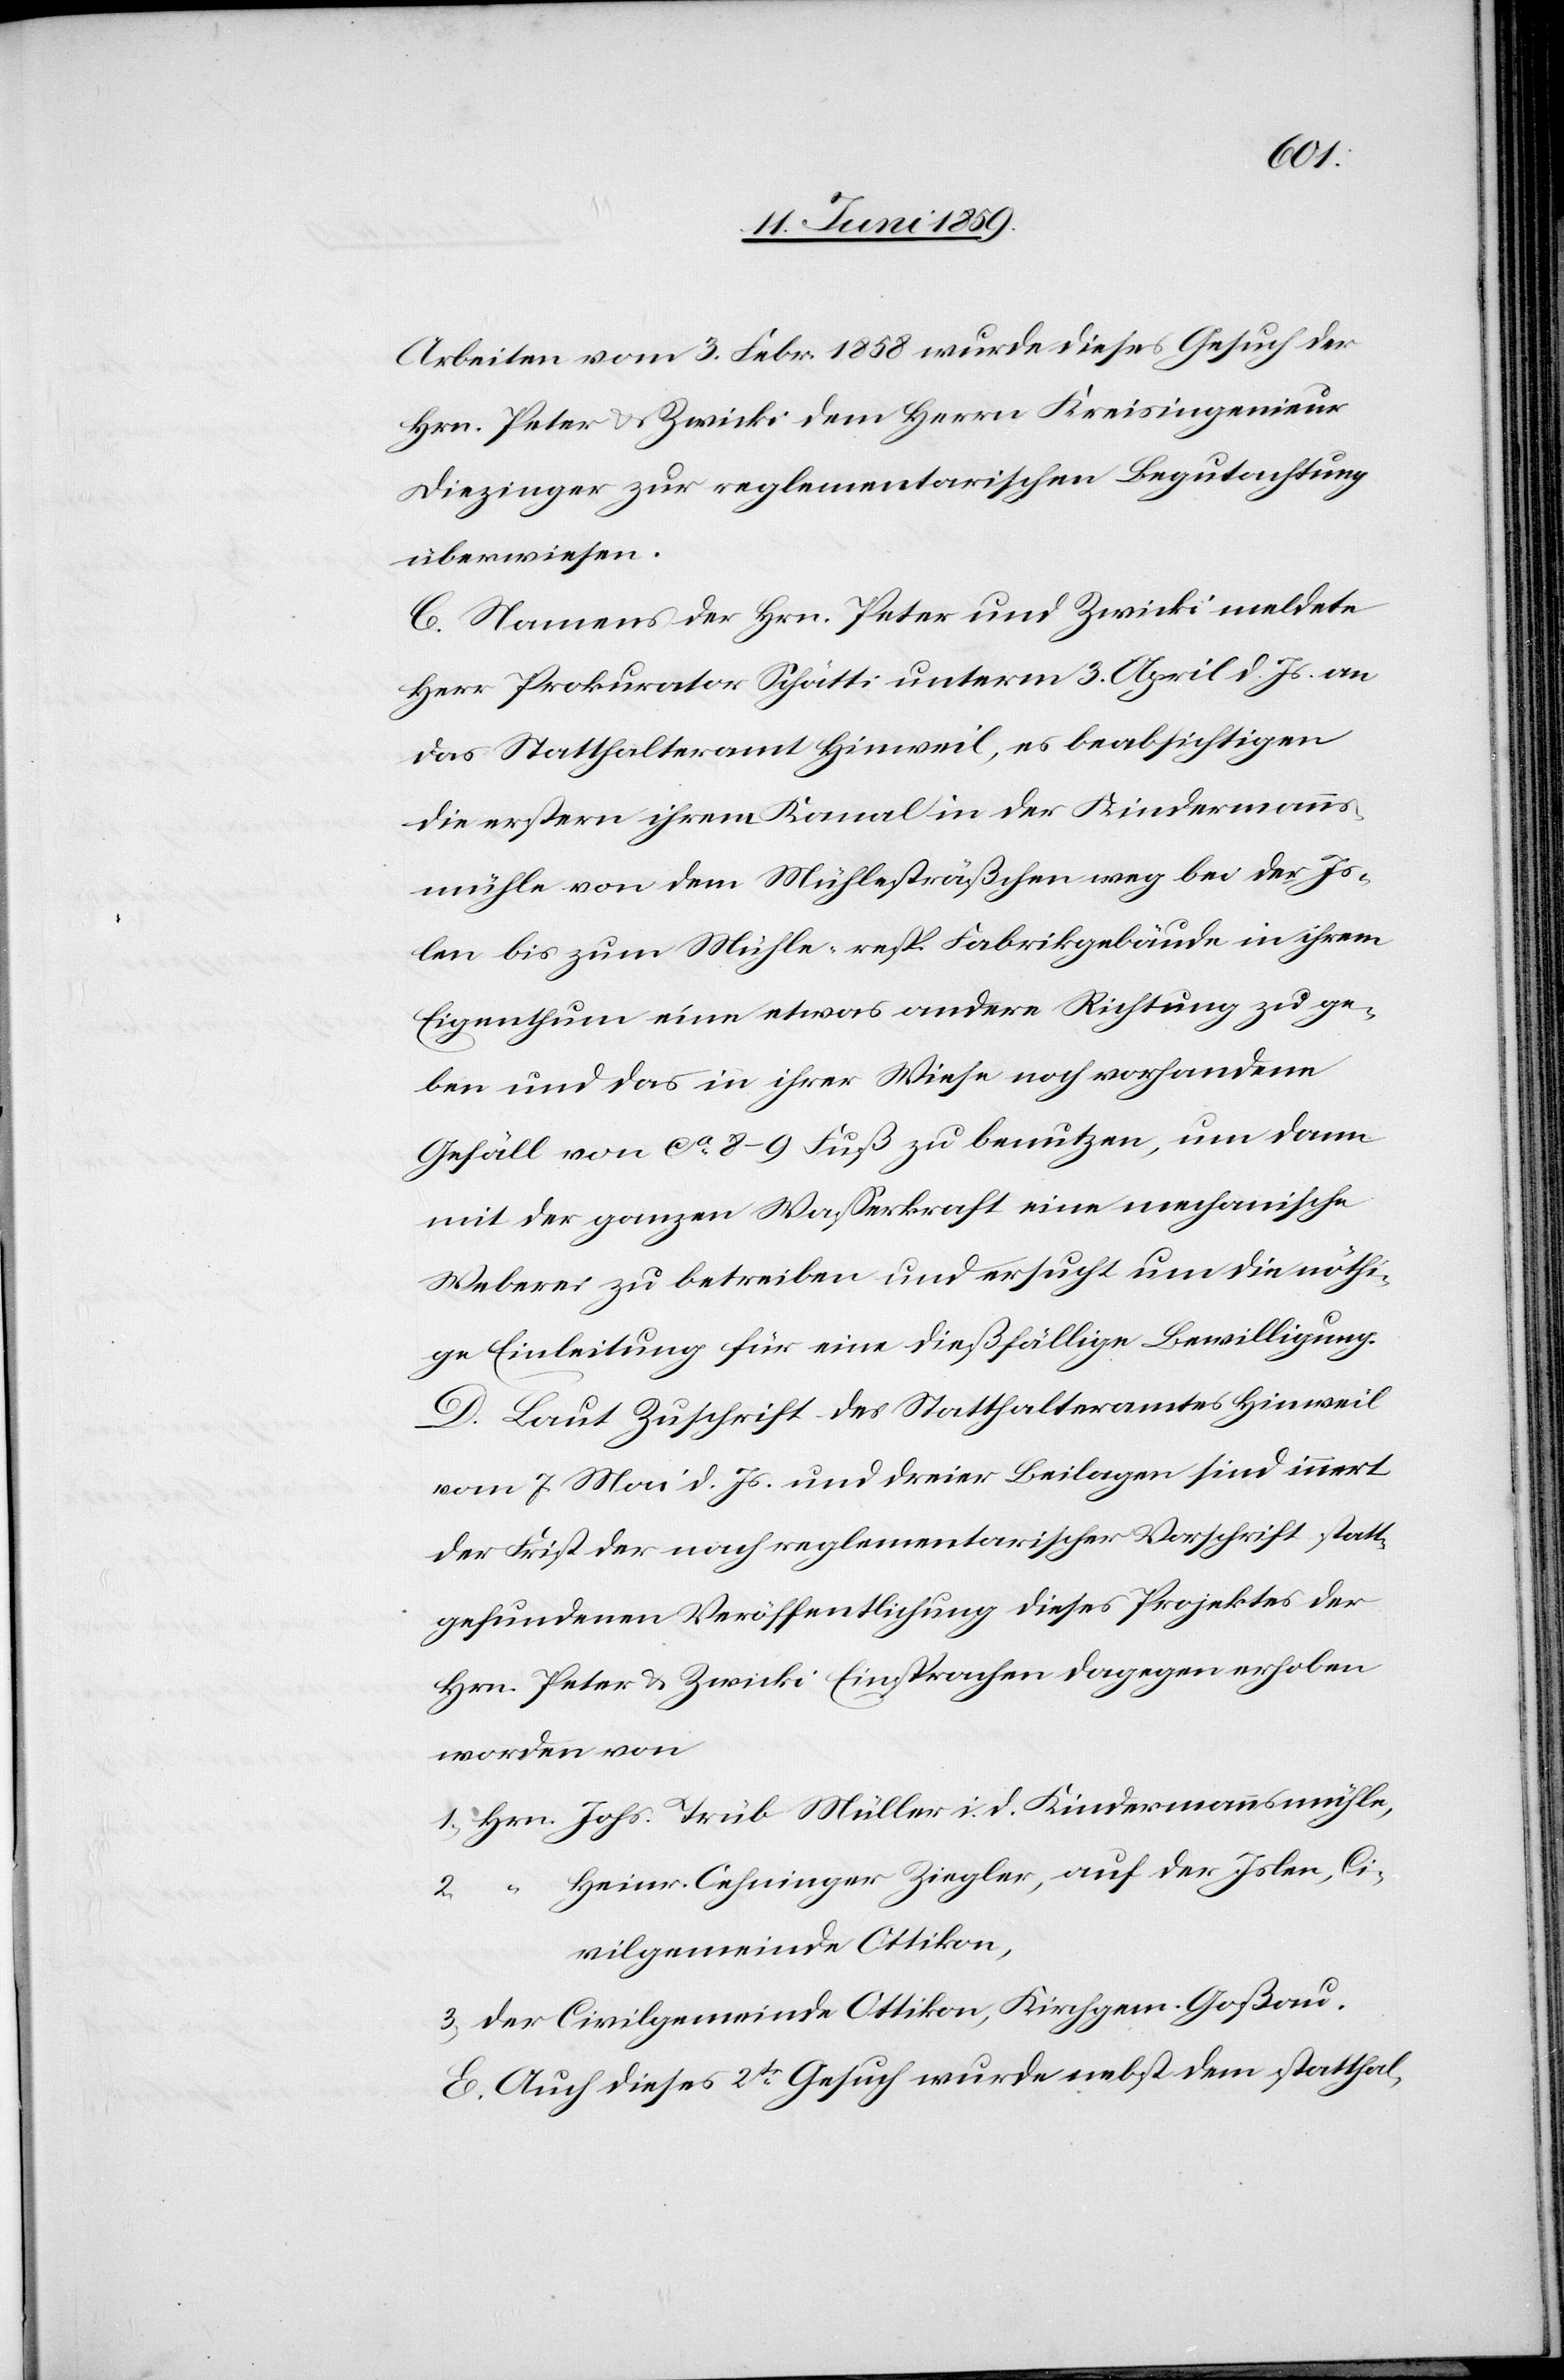
Arbeiten vom 3. Febr. 1858 wurde dieses Gesuch der
Hrn. Peter u. Zwicki dem Herrn Kreisingenieur
Diezinger zur reglementarischen Begutachtung
überwiesen.
C. Namens der Hrn. Peter und Zwicki meldete
Herr Prokurator Schätti unterm 3. April d. Js. an
das Statthalteramt Hinweil, es beabsichtigen
die erstern ihrem Kanal in der Kindesmanns¬
mühle von dem Mühlesträßchen weg bei der Is¬
len bis zum Mühle-resp. Fabrikgebäude in ihrem
Eigenthum eine etwas andere Richtung zu ge¬
ben und das in ihrer Wiese noch vorhandene
Gefäll von ca 8–9 Fuß zu benutzen, um dann
mit der ganzen Wasserkraft eine mechanische
Weberei zu betreiben und ersucht um die nöthi¬
ge Einleitung für eine dießfällige Bewilligung.
D. Laut Zuschrift des Statthalteramtes Hinweil
vom 7. Mai d. Js. und dreier Beilagen sind innert
der Frist der nach reglementarischer Vorschrift statt¬
gefundenen Veröffentlichung dieses Projektes der
Hrn. Peter & Zwicki Einsprachen dagegen erhoben
worden von
1) Hrn. Johs. Trüb Müller i. d. Kindesmannsmühle,
Heinr. Oehninger Ziegler, auf der Islen, Ci¬
vilgemeinde Ottikon,
3) Der Civilgemeinde Ottikon, Kirchgem. Goßau.
E. Auch dieses 2te Gesuch wurde nebst dem statthal-